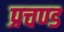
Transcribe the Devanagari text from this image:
प्रचण्‍ड